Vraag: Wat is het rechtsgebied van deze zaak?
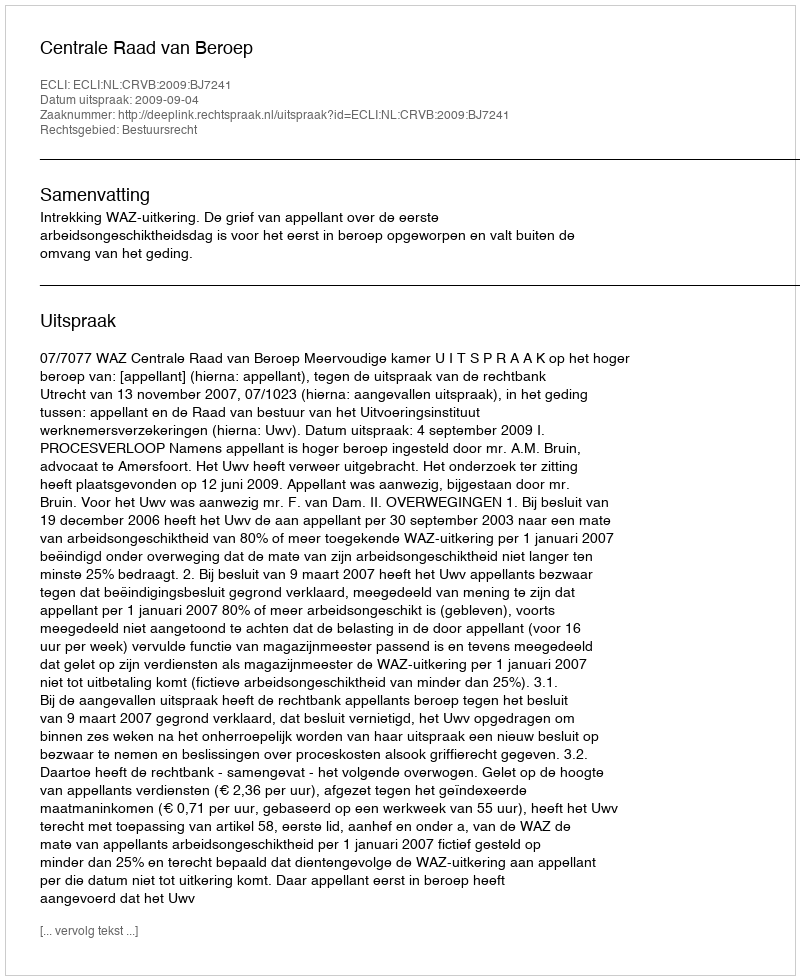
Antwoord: Bestuursrecht